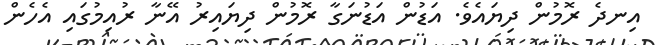
އިނދެ ރޮމުން ދިޔައެވެ. އަޑުން އަޑުނަގާ ރޮމުން ދިޔައިރު އޭނާ ރުއިމުގައި އެހެން